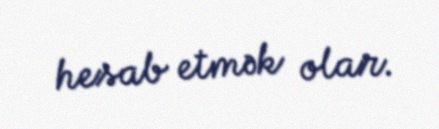
hesab etmək olar.